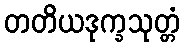
တတိယဒုက္ခသုတ္တံ